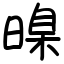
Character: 暞